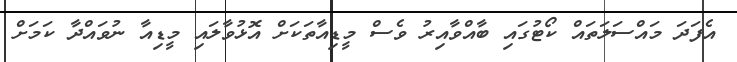
އެފަދަ މައްސަލަތައް ކޯޓުގައި ބާއްވާއިރު ވެސް މީޑިއާތަކަށް އޮޅުވާލައި މީޑިއާ ނުވައްދާ ކަމަށް